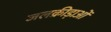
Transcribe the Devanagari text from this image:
जलक्रीडा़ओं